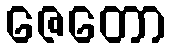
ဇေတော